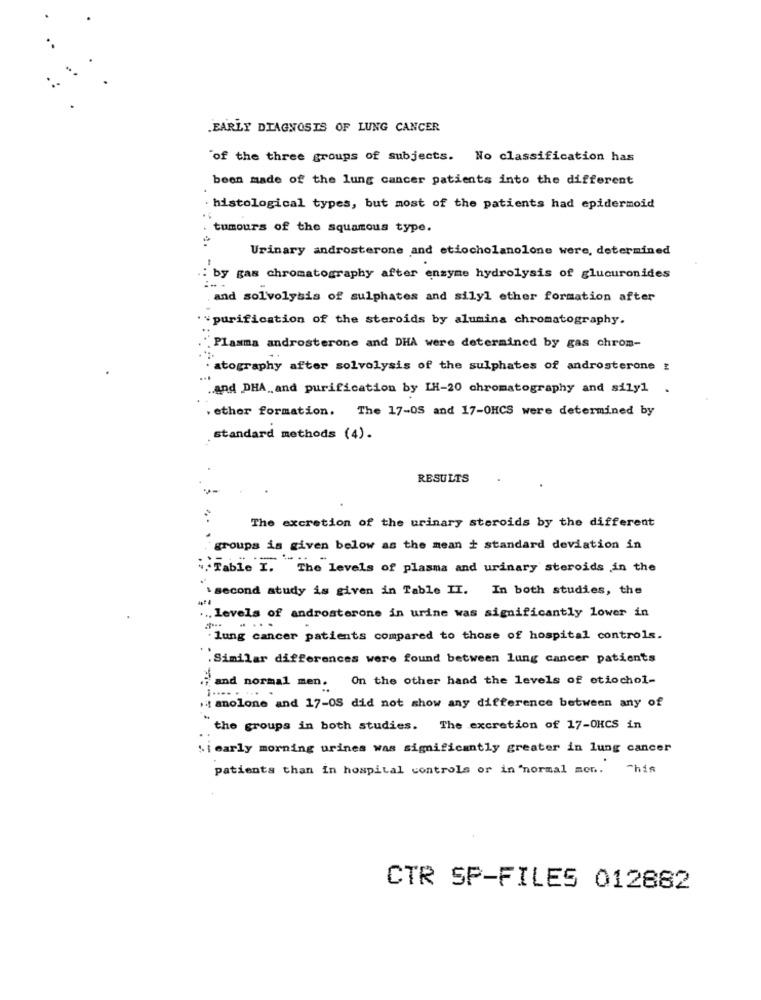
EARLY DIAGNOSIS OF LUNG CANCER
"of the three groups of subjects. No classification has
been made of the lung cancer patients into the different
. histological types, but most of the patients had epidermoid
..
tumours of the squamous type.
Urinary androsterone and etiocholanolone were, determined
: by gas chromatography after enzyme hydrolysis of glucuronides
. and solvolysis of sulphates and silyl ether formation after
¥purification of the steroids by alumina chromatography.
Plasma androsterone and DHA were determined by gas chrom-
atography after solvolysis of the sulphates of androsterone :
and DHA , and purification by IH-20 chromatography and sily1 .
. ethor formation. The 17-0S and 17-OHCS were determined by
standard methods (4).
RESULTS
The excretion of the urinary steroids by the different
groups is given below as the mean + standard deviation in
Table I. The levels of plasma and urinary steroids in the
. second study is given in Table II. In both studies, the
... levels of androsterone in urine was significantly lower in
" lung cancer patients compared to those of hospital controls.
.Similar differences were found between lung cancer patients
.i and normal men. On the other hand the levels of otiochol-
anolone and 17-0S did not show any difference between any of
the groups in both studies. The excretion of 17-OHCS in
'i early morning urines was significantly greater in lung cancer
patients than in hospital controls or in "normal men ..
This
CTR SP-FILES 012882